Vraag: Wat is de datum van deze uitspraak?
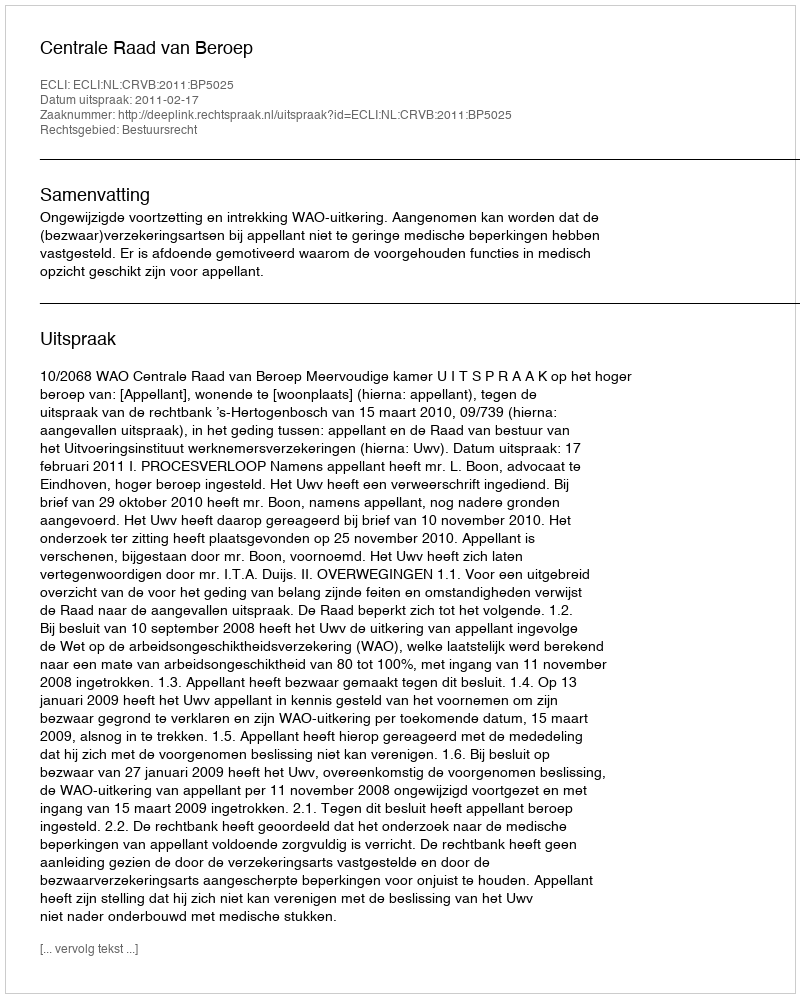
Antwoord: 2011-02-17